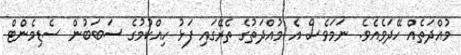
މުއްދަތެއް ހޭދަވެއެވެ. ނަމަވެސް އެ މުއްދަތުގެ ތެރޭގައި ފަޅު ހިއްކުމުގެ ސަބަބުން ސެޑިމެންޓް